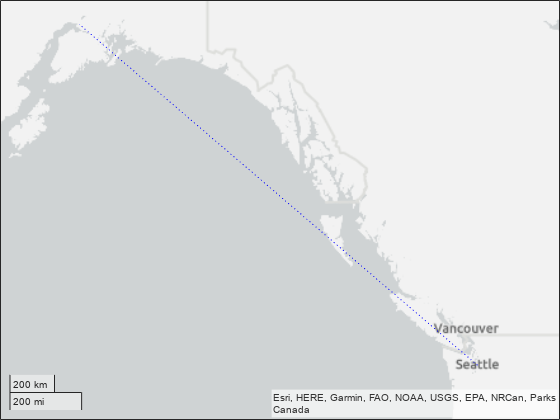
matlab, geoplot, geolimits